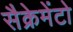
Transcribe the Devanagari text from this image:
सैक्रेमेंटो